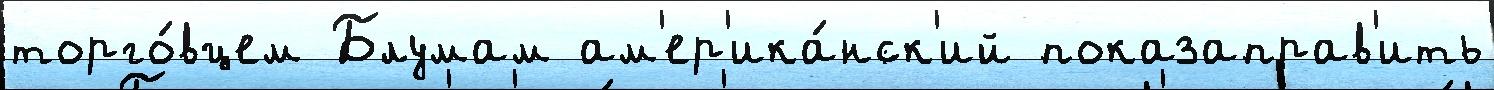
торго́вцем Блумам ам'ер'ика́нск'ий показаправ'ить